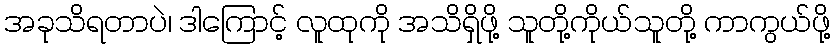
အခုသိရတာပဲ၊ ဒါကြောင့် လူထုကို အသိရှိဖို့ သူတို့ကိုယ်သူတို့ ကာကွယ်ဖို့